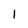
Character: 1